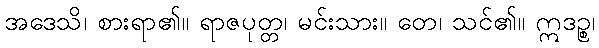
အဒေသိ၊ စားရာ၏။ ရာဇပုတ္တ၊ မင်းသား။ တေ၊ သင်၏။ ဣဒဉ္စ၊